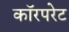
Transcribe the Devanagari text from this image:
कॉरपरेट